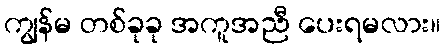
ကျွန်မ တစ်ခုခု အကူအညီ ပေးရမလား။